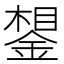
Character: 𰼽